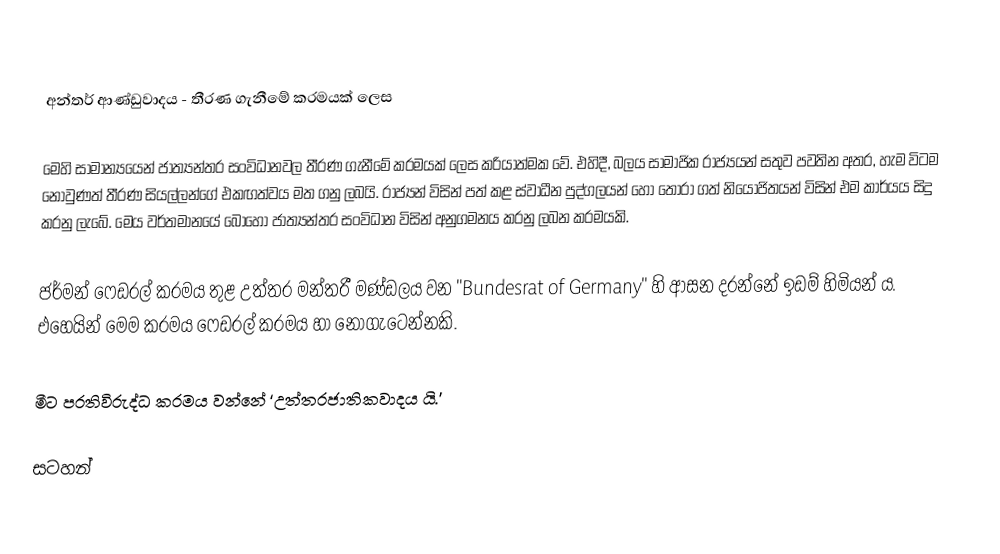

අන්තර් ආණ්ඩුවාදය - තීරණ ගැනීමේ ක‍්‍රමයක් ලෙස

මෙහි සාමාන්‍යයෙන් ජාත්‍යන්තර සංවිධානවල තීරණ ගැනීමේ ක‍්‍රමයක් ලෙස ක‍්‍රියාත්මක වේ. එහිදී, බලය සාමාජික රාජ්‍යයන් සතුව පවතින අතර, හැම විටම නොවුණත් තීරණ සියල්ලන්ගේ එකඟත්වය මත ගනු ලබයි. රාජ්‍යන් විසින් පත් කළ ස්වාධීන පුද්ගලයන් හෝ තෝරා ගත් නියෝජිතයන් විසින් එම කාර්යය සිදු කරනු ලැබේ. මෙය වර්තමානයේ බොහෝ ජාත්‍යන්තර සංවිධාන විසින් අනුගමනය කරනු ලබන ක‍්‍රමයකි.

ජර්මන් ෆෙඩරල් ක‍්‍රමය තුළ උත්තර මන්ත‍්‍රී මණ්ඩලය වන "Bundesrat of Germany" හි ආසන දරන්නේ ඉඩම් හිමියන් ය. එහෙයින් මෙම ක‍්‍රමය ෆෙඩරල් ක‍්‍රමය හා නොගැටෙන්නකි.

මීට ප‍්‍රතිවිරුද්ධ ක‍්‍රමය වන්නේ ‘උත්තරජාතිකවාදය යි.’

සටහන්